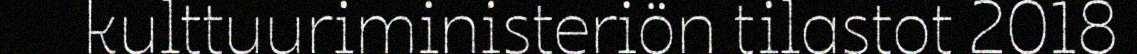
kulttuuriministeriön tilastot 2018